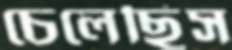
চেলেছিস